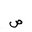
Letter: _sad